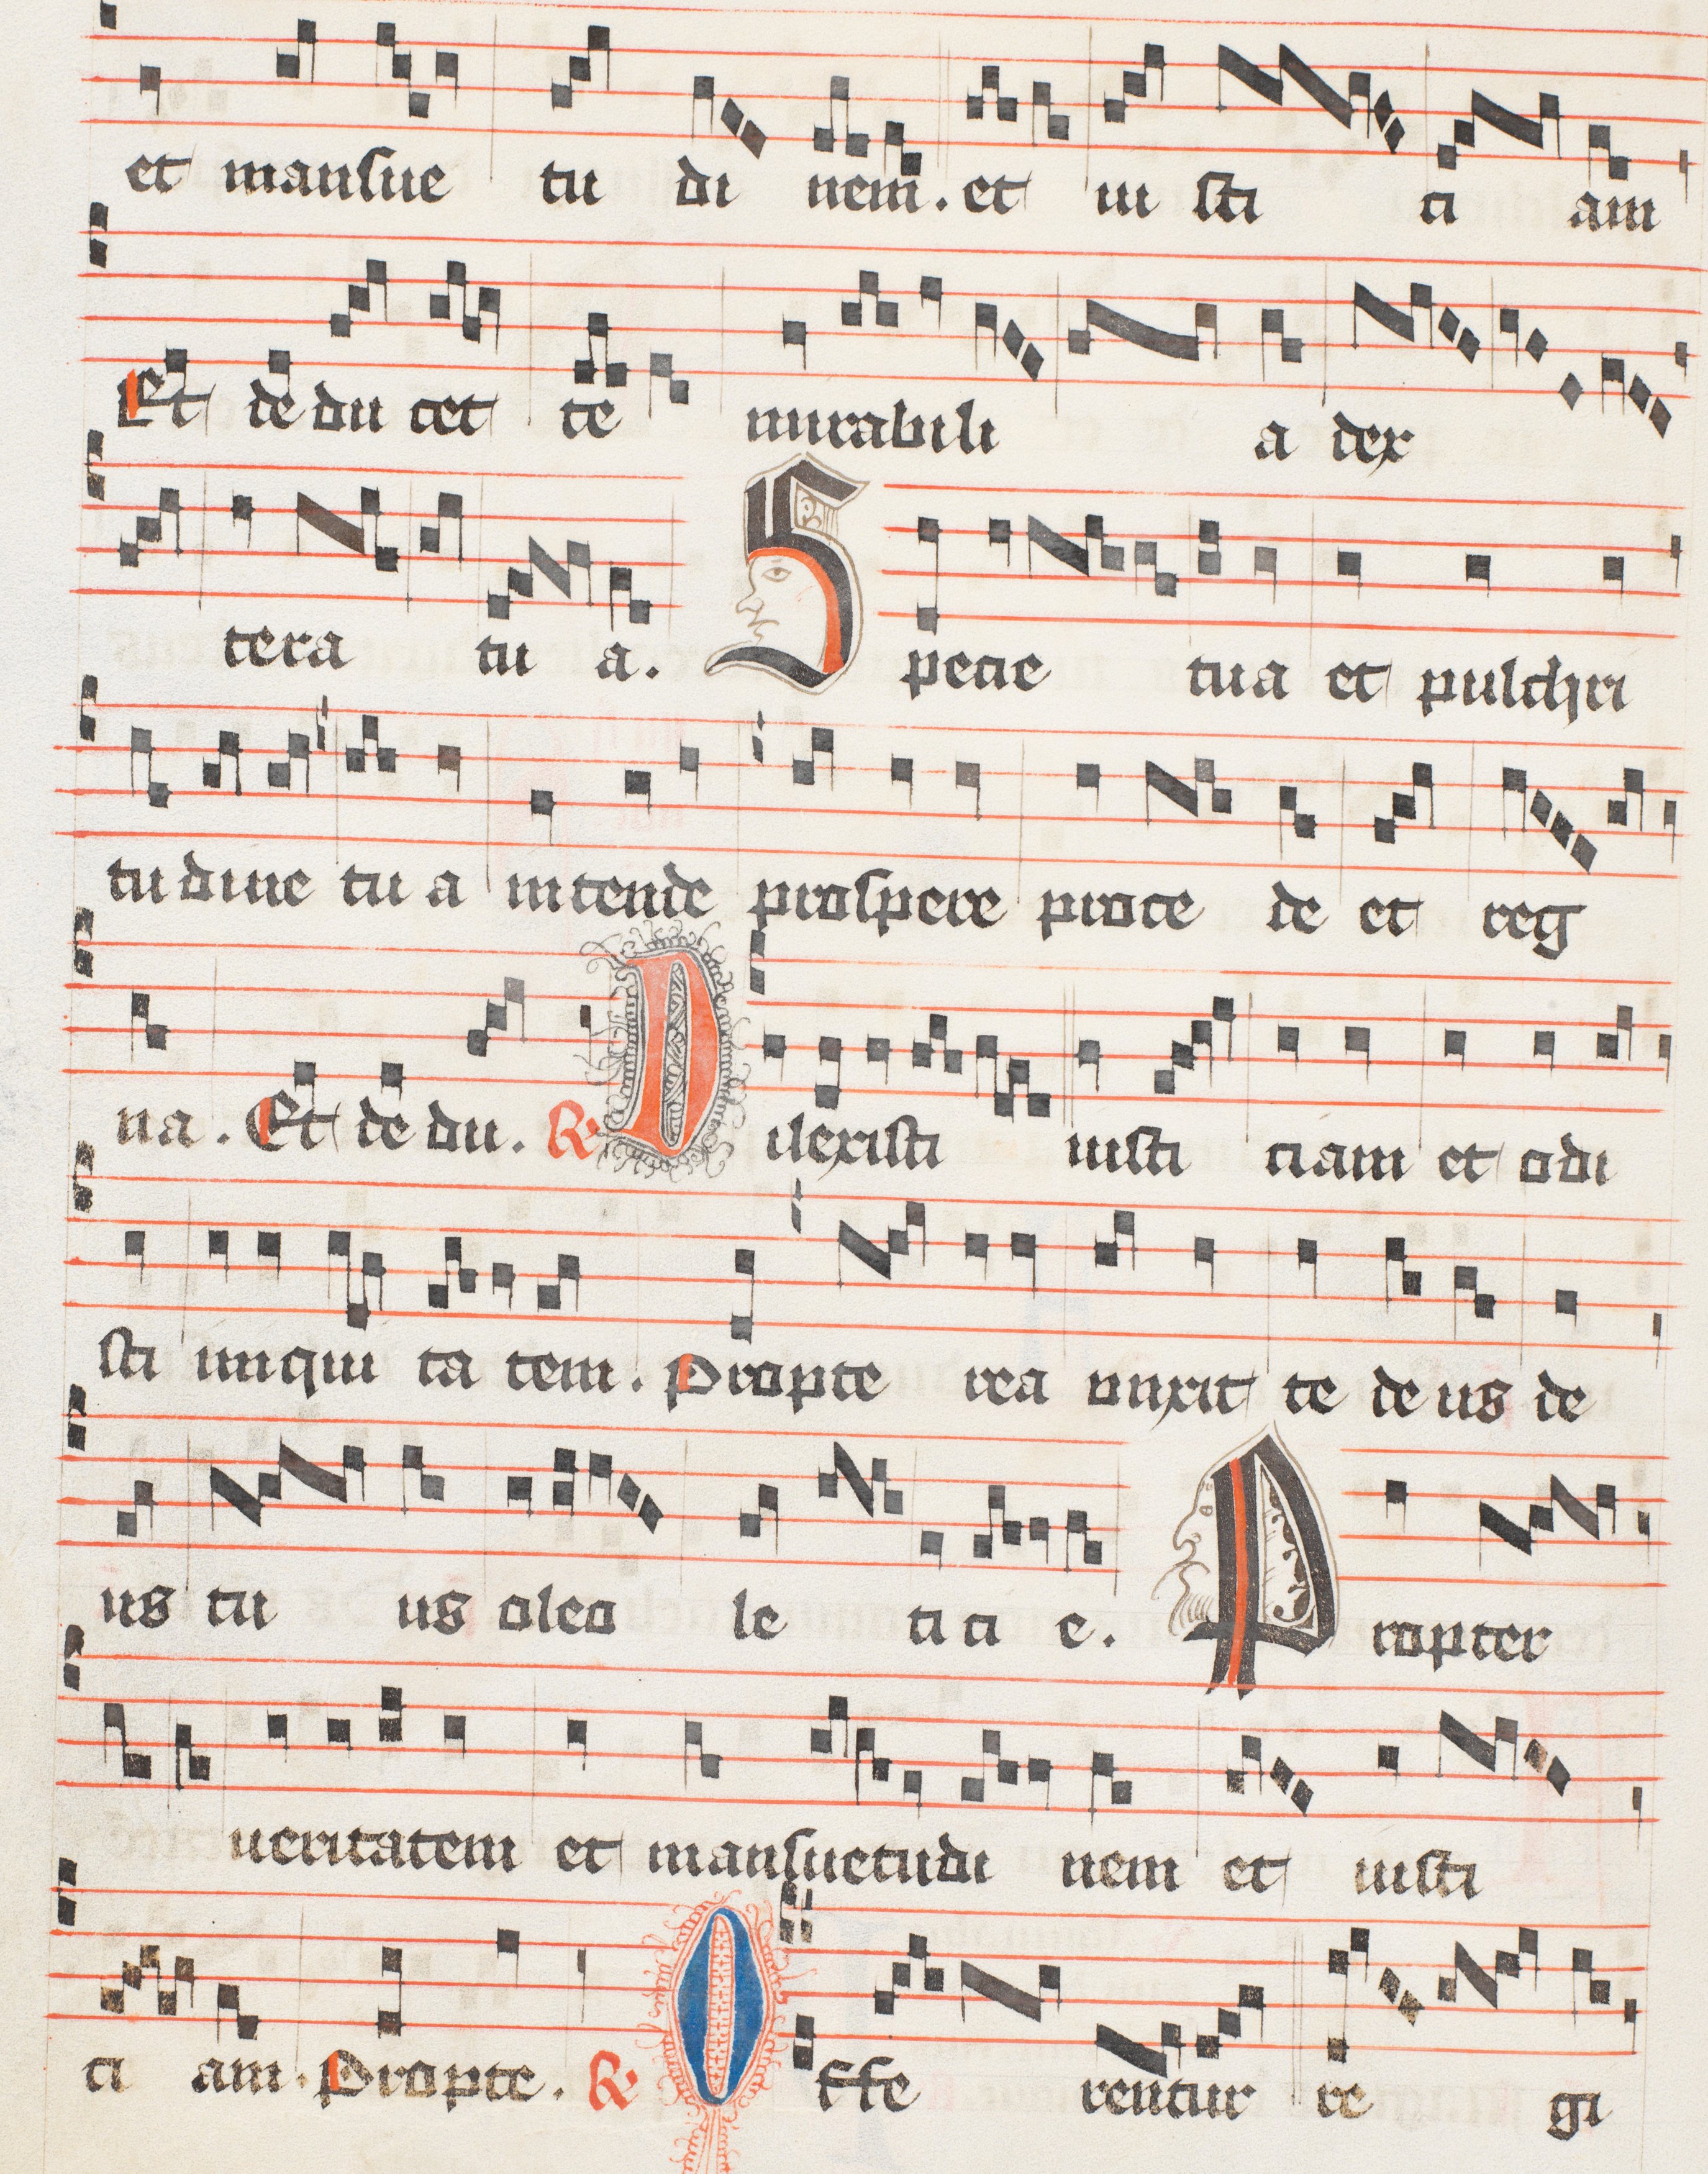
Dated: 1488–1488